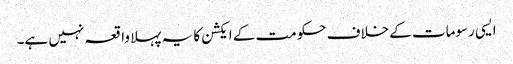
ایسی رسومات کے خلاف حکومت کے ایکشن کا یہ پہلا واقعہ نہیں ہے۔